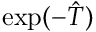
\exp ( - \hat { T } )